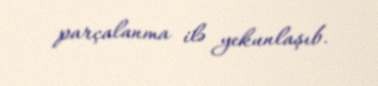
parçalanma ilə yekunlaşıb.